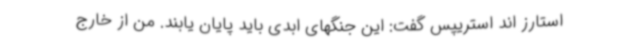
استارز اند استریپس گفت: این جنگهای ابدی باید پایان یابند. من از خارج